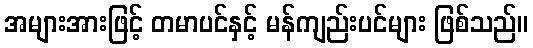
အများအားဖြင့် တမာပင်နှင့် မန်ကျည်းပင်များ ဖြစ်သည်။